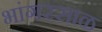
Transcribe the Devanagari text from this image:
भांगरसाळ